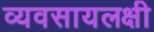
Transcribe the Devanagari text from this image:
व्यवसायलक्षी